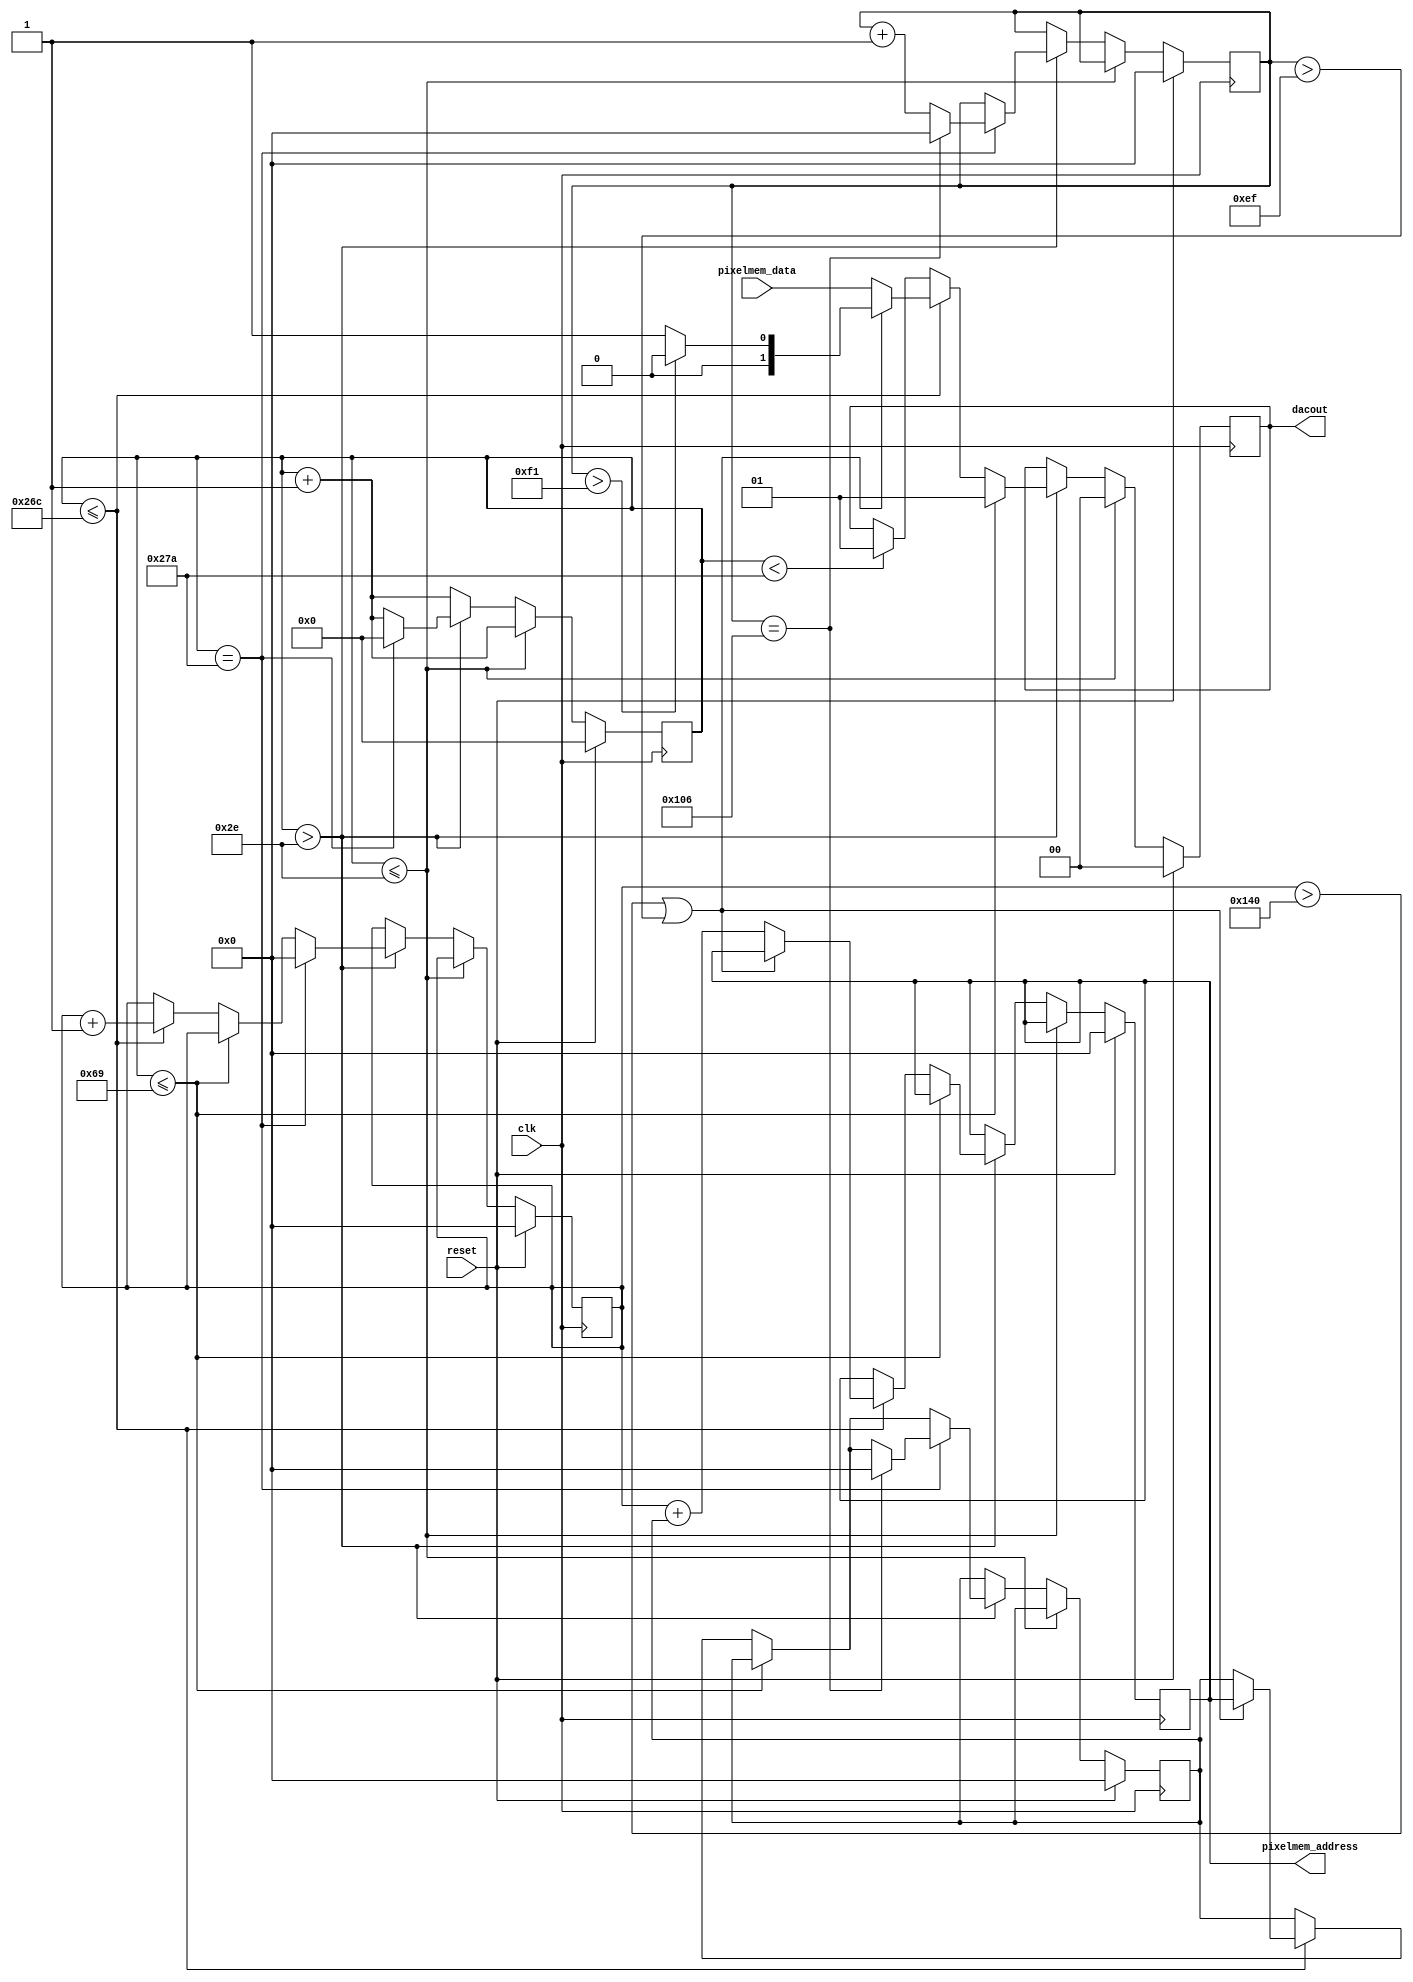
/* Video module!!!
 * Clock this at 10MHz! 
 * hsync cycle time: 47 
 * bporch cycle time: 59 
 * scan cycle time: 515 
 * fporch cycle time: 14
*/

/* Copyright (C) 2016 John Tzonevrakis.
 * Licensed under the GNU GPL:
 *   This file is part of ntsc_gen.
 *
 *   ntsc_gen is free software: you can redistribute it and/or modify
 *   it under the terms of the GNU General Public License as published by
 *   the Free Software Foundation, either version 3 of the License, or
 *   (at your option) any later version.
 *
 *   ntsc_gen is distributed in the hope that it will be useful,
 *   but WITHOUT ANY WARRANTY; without even the implied warranty of
 *   MERCHANTABILITY or FITNESS FOR A PARTICULAR PURPOSE.  See the
 *   GNU General Public License for more details.
 *
 *   You should have received a copy of the GNU General Public License
 *   along with ntsc_gen.  If not, see <http://www.gnu.org/licenses/>.
*/

module video(input clk, reset,
             input [1:0] pixelmem_data,
             output reg [16:0] pixelmem_address,
             output reg [1:0] dacout);

reg [31:0] counter; /* Tracks the number of clocks which have elapsed */
reg [16:0] line; /* Tracks which line is currently being scanned */
reg [16:0] x; /* With a clock of 10MHz, we can scan exactly 
                 (51,5*10^-6)/(1/(10*10^6)) = 515 horizontal "pixels"
                 per line. This gives us a resolution of
                 515horizontal x 242 vertical. Pretty usable, right?
                 HOWEVER, such a resolution will not be aesthetically pleasant:
                 Most common display resolutions are proportionate
                 either to 4/3 or 16/9. By using a mixture of trial and error
                 and the method of three, we arrive to the "golden" resolution 
		 of 320x240 (Of course, we could have consulted the Wikipedia
                 article "List of common resolutions", but where's the fun
                 in that?), which is the same resolution as QVGA.*/

/* Video RAM considerations: 
 *
 * RAM dimensions:
 *
 * With this resolution, one will need a 2-bit RAM
 * that can store 320*240 = 76800 words. The Spartan3 family, which I am using
 * to test the design, can easily create such a block RAM. In case RAM
 * dimensions are a problem in your situation, attempt adjusting the system's
 * resolution.
 *
 * Clock:
 *
 * It is highly probable that the device that is going to control the
 * generator will run at a differrent, most probably higher, clock rate than
 * the generator, therefore it is recommended to use a true dual-port RAM.
 *
 */

reg [16:0] pixelmem_address_pre;

always @(posedge clk)
begin
    if(reset == 1'b1)
    begin
            counter <= 32'b0;
            {line, pixelmem_address, 
            pixelmem_address_pre, x} <= 17'b0;
            dacout <= 2'b0;
    end
    else if(reset == 1'b0)
    begin
        /* One clock has elapsed. Increase the counter by one. */
        counter <= counter + 1;
        if(counter <= 32'd46)
            /* Hsync. Time: 4.7s */
            dacout <= 2'b00;
        else if(counter > 32'd46)
        begin
            if(counter <= 32'd105)
            begin
                /* Back porch. Time: 5.9s */
                dacout <= 2'b01;
            end
            else if(counter <= 32'd620)
            begin
                    /* Intensity data. Time: 51.5s */
                    x <= x + 1;
                    if(((x > 17'd320) || (line > 17'd239)))
                    begin
                        pixelmem_address_pre <= pixelmem_address;
                        if(line > 17'd241) begin
                            /* Output the vertical sync signal. */
                            dacout <= 2'b00;
                        end
                        else
                            /* Fill the remaining monitor space with
                             * black "pixels"
                             */
                            dacout <= 2'b01;
                    end
                    else
                    begin
                        pixelmem_address <= (x + pixelmem_address_pre);
                        dacout <= pixelmem_data;
                    end
            end
            else if(counter < 32'd634)
            begin
                /* Front porch. Time: 1.4s */
                dacout <= 2'b01;
            end
            if(counter == 32'd634)
            begin
                /* We are done. Time to render the next line. */
                x <= 17'd0;
                counter <= 32'd00;
                if(line == 17'd262)
                begin
                    /* We have reached NTSC's line limit.
                     * Time to start over.
                     */
                    line <= 17'd0;
                    pixelmem_address_pre <= 17'd0;
                end
                else
                    line <= line + 1;
            end
        end
    end
end
endmodule //video